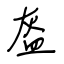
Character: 盔